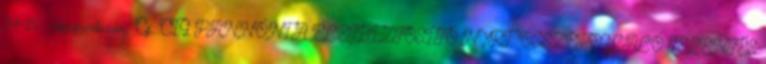
24-26.; cégjegyzékszám: Cg. CIG PANNÓNIA ÉLETBIZTOSÍTÓ NYRT. ÖSSZEFOGLALÓ JELENTÉS